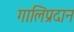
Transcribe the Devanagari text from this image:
गालिप्रदान